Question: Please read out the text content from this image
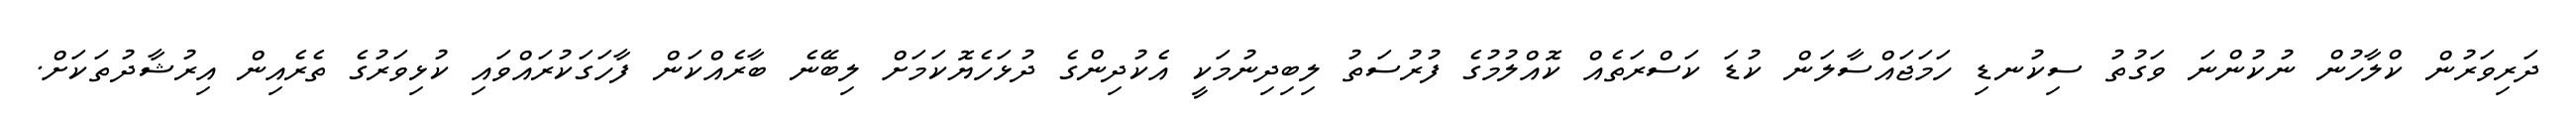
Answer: ދަރިވަރުން ކްލާހުން ނުކުންނަ ވަގުތު ސިކުނޑި ހަމަޖައްސާލަން ކުޑަ ކަސްރަތެއް ކޮއްލުމުގެ ފުރުސަތު ލިބިދިނުމަކީ އެކުދިންގެ ދުޅަހެޔޮކަމަށް ލިބޭނެ ބާރެއްކަން ފާހަގަކުރައްވައި ކުޅިވަރުގެ ތެރެއިން އިރުޝާދުތަކަށް.